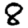
Digit: 8